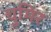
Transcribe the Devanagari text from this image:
चुमिर